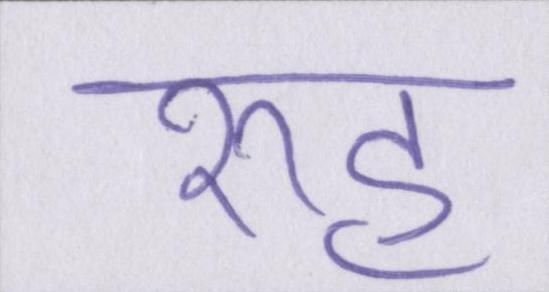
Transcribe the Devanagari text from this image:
रूह